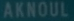
AKNOUL